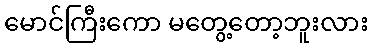
မောင်ကြီးကော မတွေ့တော့ဘူးလား